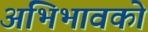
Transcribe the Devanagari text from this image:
अभिभावको